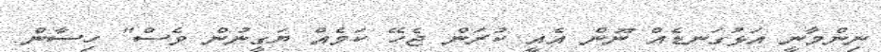
ނިންމާނީ އަޅުގަނޑެއް ނޫން އެއީ ކުރަން ޖެހޭ ކަމެއް ޔަގީނުން ވެސް" ހިސާން